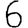
Digit: 6